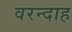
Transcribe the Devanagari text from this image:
वरन्दाह